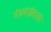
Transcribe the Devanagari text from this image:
पेशवाईसाठी